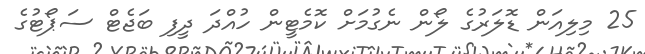
25 މިލިއަން ޑޮލަރުގެ ލޯން ނެގުމަށް ކޮމެޓީން ހުއްދަ ދީފި ބަޖެޓް ސަޕޯޓުގެ